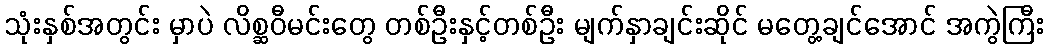
သုံးနှစ်အတွင်း မှာပဲ လိစ္ဆဝီမင်းတွေ တစ်ဦးနှင့်တစ်ဦး မျက်နှာချင်းဆိုင် မတွေ့ချင်အောင် အကွဲကြီး